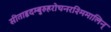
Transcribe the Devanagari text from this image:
सीताहृदम्बुरुहरोचनरश्मिमालिन्